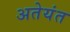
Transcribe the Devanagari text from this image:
अतेयंत